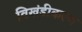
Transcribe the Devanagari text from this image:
विखंडीकरण